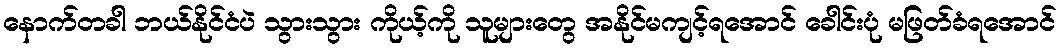
နောက်တခါ ဘယ်နိုင်ငံပဲ သွားသွား ကိုယ့်ကို သူများတွေ အနိုင်မကျင့်ရအောင် ခေါင်းပုံ မဖြတ်ခံရအောင်